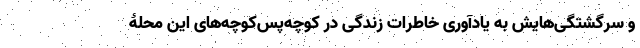
و سرگشتگی‌هایش به یادآوری خاطرات زندگی در کوچه‌پس‌کوچه‌های این محلۀ